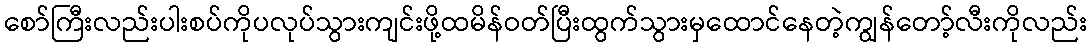
စော်ကြီးလည်းပါးစပ်ကိုပလုပ်သွားကျင်းဖို့ထမိန်ဝတ်ပြီးထွက်သွားမှထောင်နေတဲ့ကျွန်တော့်လီးကိုလည်း